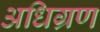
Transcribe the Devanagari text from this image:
अधिग्रण